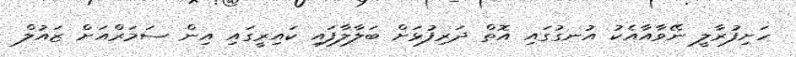
ހަށިފުރާލީ ނޭވާއާއެކު އުނގުގައި އޮތް ދަރިފުޅަށް ބަލާލާފައި ކައިރީގައި އިން ސަމަރްއަށް ޒައުލް